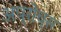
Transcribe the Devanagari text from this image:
अप्रोच्स